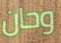
وحان